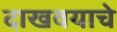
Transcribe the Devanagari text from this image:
दाखवयाचे